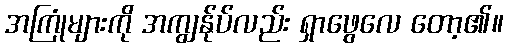
အကြုံများကို အကျွန်ုပ်လည်း ရှာဖွေလေ တော့၏။